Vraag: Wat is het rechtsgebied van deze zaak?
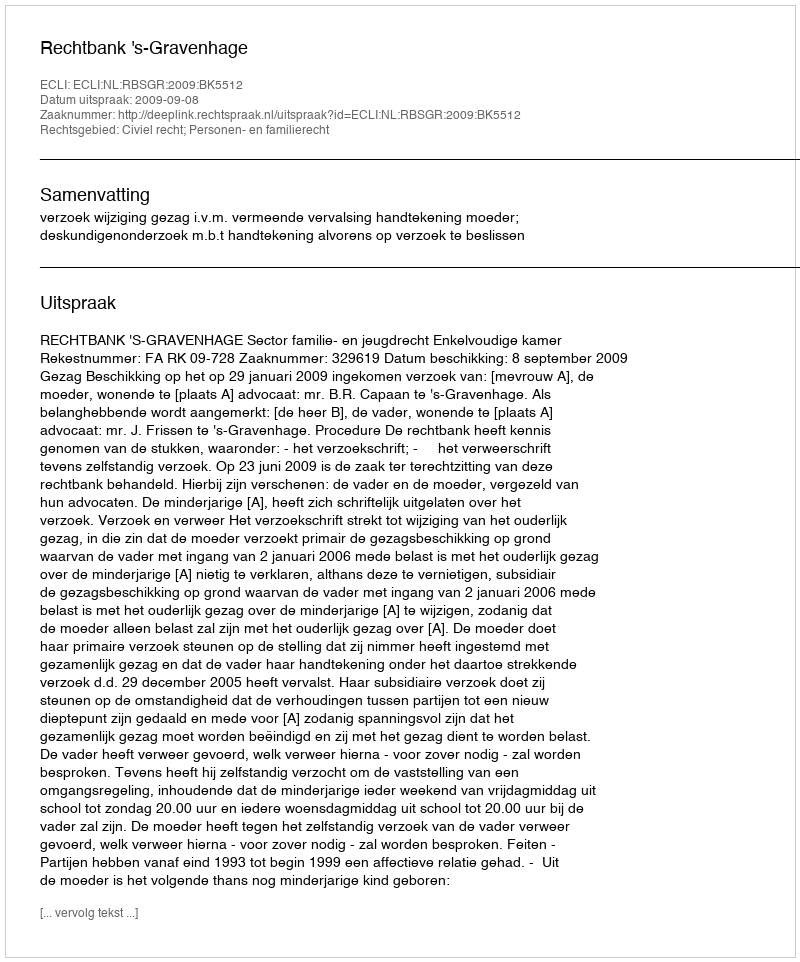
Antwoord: Civiel recht; Personen- en familierecht